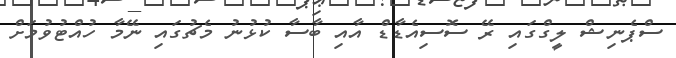
ސްޕެނިޝް ލީގްގައި ރޭ ސޮސިއެޑާޑް އާއި ބާސާ ކުޅުނު މެޗުގައި ނޭމާ ހުއްޓުވުމަށް